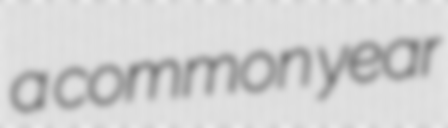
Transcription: a common year